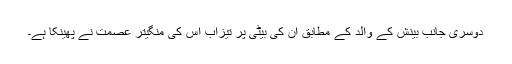
دوسری جانب بینش کے والد کے مطابق ان کی بیٹی پر تیزاب اس کی منگیتر عصمت نے پھینکا ہے۔